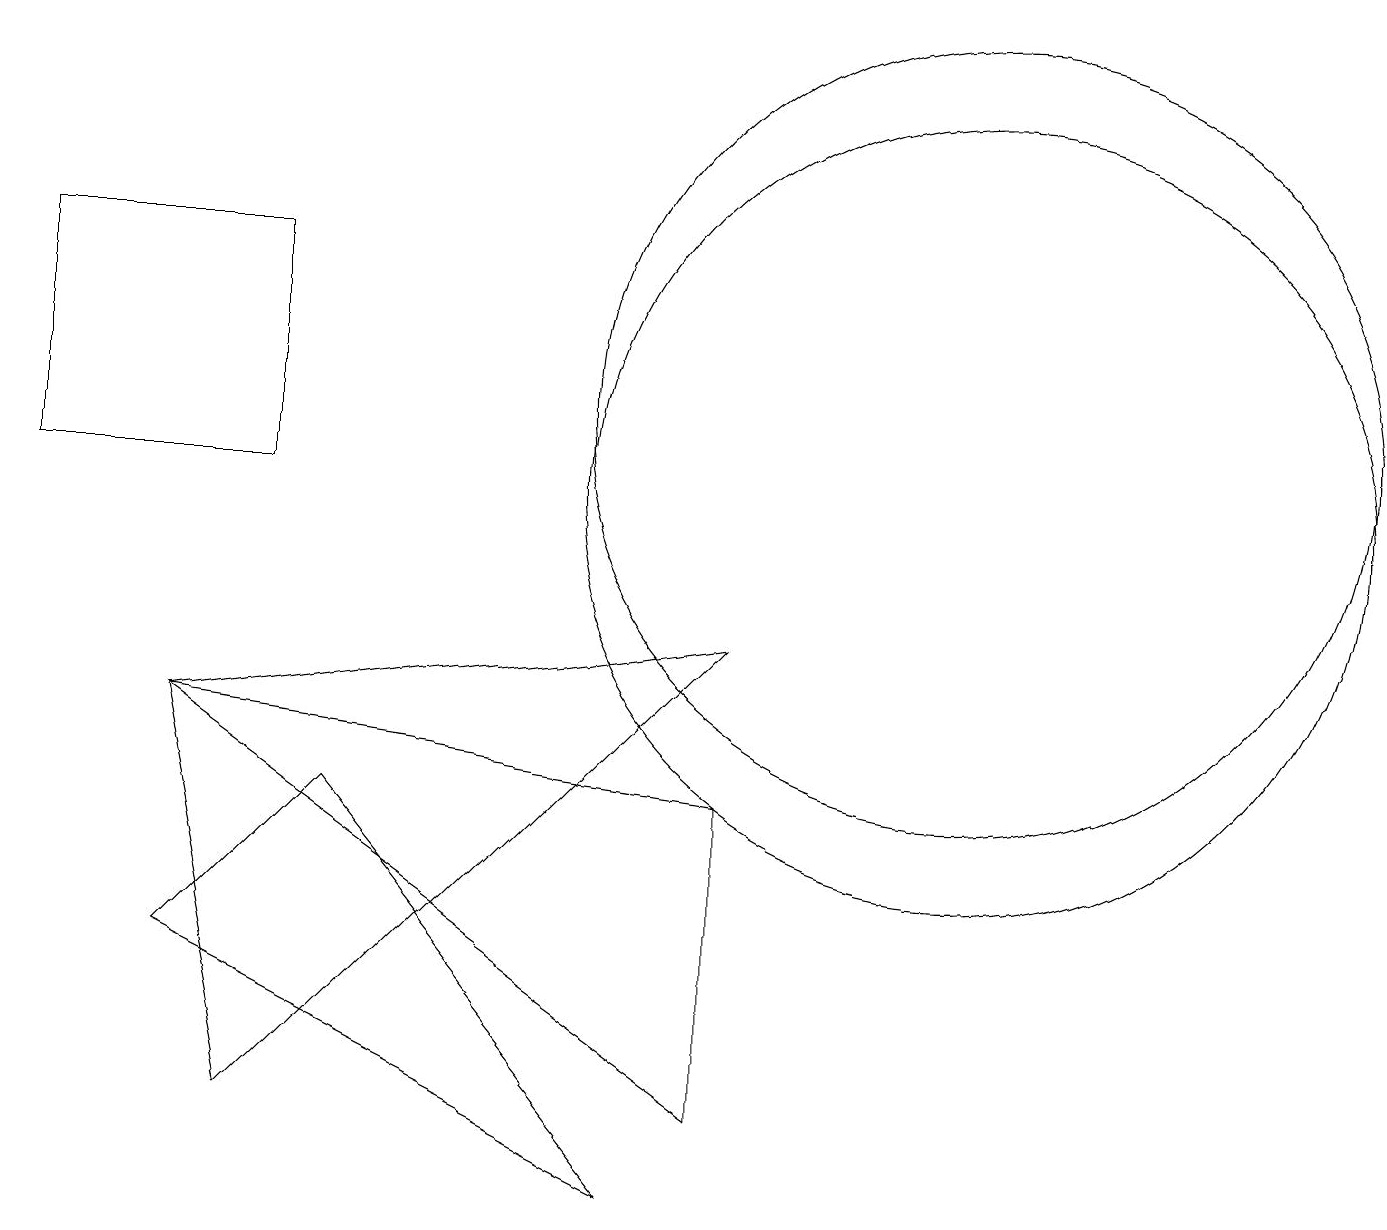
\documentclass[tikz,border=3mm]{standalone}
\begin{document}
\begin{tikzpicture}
\draw (2,4) -- (4,6) -- (8,1) -- cycle;
\draw (3,10) rectangle (0,13);
\draw (3,2) -- (2,7) -- (9,8) -- cycle;
\draw (12,10) circle (5);
\draw (2,7) -- (9,2) -- (9,6) -- cycle;
\draw (12,11) circle (5);
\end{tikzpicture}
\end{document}